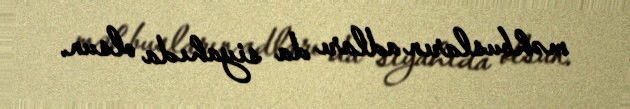
məhbusların adları da siyahıda olsun.